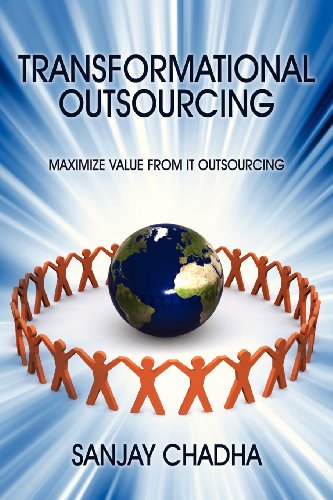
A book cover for Transformational Outsourcing: Maximize Value From IT Outsourcing; Sanjay Chadha; Business & Money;